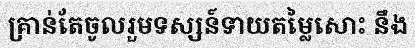
គ្រាន់តែចូលរួមទស្សន៍ទាយតម្លៃសោះ នឹង